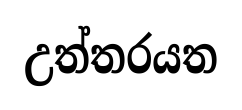
උත්තරයත